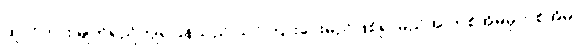
ထူလိကား မျက်ရည်ကျရပြန်သည် သင်ကြားပေးမည်ဖြစ်၍ မည်အ တစ်အိမ်မှတစ်အိမ်